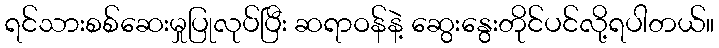
ရင်သားစစ်ဆေးမှုပြုလုပ်ပြီး ဆရာဝန်နဲ့ ဆွေးနွေးတိုင်ပင်လို့ရပါတယ်။